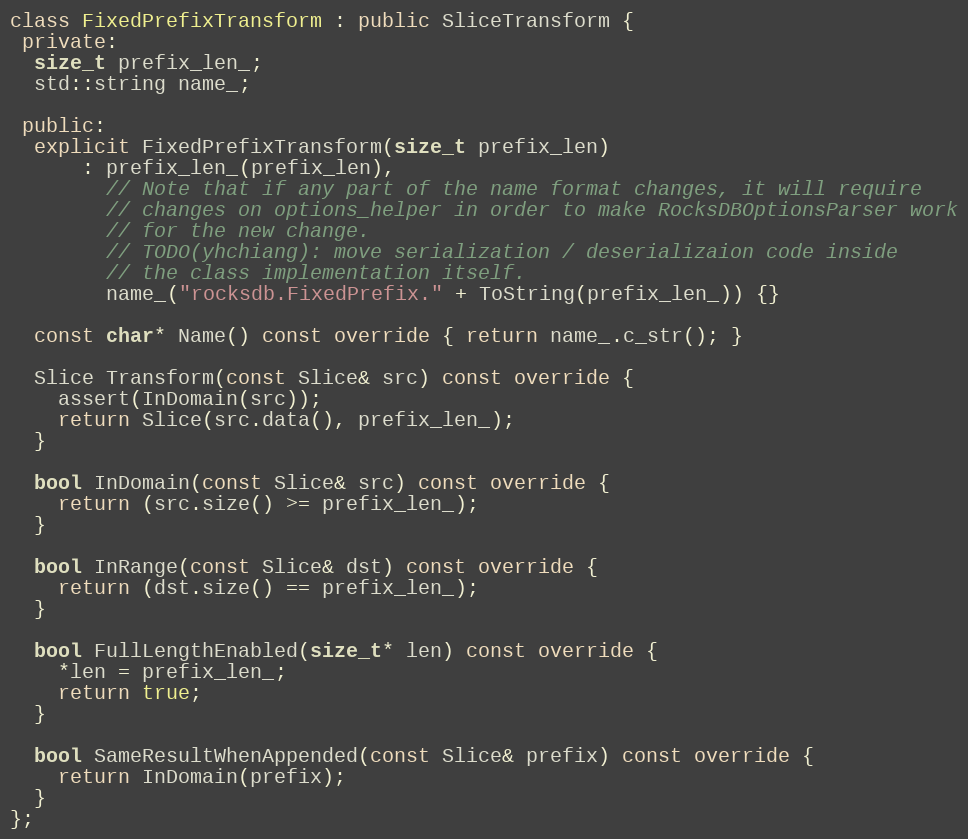
Language: C++
class FixedPrefixTransform : public SliceTransform {
 private:
  size_t prefix_len_;
  std::string name_;

 public:
  explicit FixedPrefixTransform(size_t prefix_len)
      : prefix_len_(prefix_len),
        // Note that if any part of the name format changes, it will require
        // changes on options_helper in order to make RocksDBOptionsParser work
        // for the new change.
        // TODO(yhchiang): move serialization / deserializaion code inside
        // the class implementation itself.
        name_("rocksdb.FixedPrefix." + ToString(prefix_len_)) {}

  const char* Name() const override { return name_.c_str(); }

  Slice Transform(const Slice& src) const override {
    assert(InDomain(src));
    return Slice(src.data(), prefix_len_);
  }

  bool InDomain(const Slice& src) const override {
    return (src.size() >= prefix_len_);
  }

  bool InRange(const Slice& dst) const override {
    return (dst.size() == prefix_len_);
  }

  bool FullLengthEnabled(size_t* len) const override {
    *len = prefix_len_;
    return true;
  }

  bool SameResultWhenAppended(const Slice& prefix) const override {
    return InDomain(prefix);
  }
};